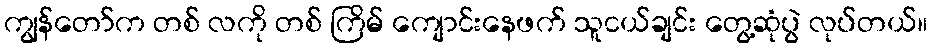
ကျွန်တော်က တစ် လကို တစ် ကြိမ် ကျောင်းနေဖက် သူငယ်ချင်း တွေ့ဆုံပွဲ လုပ်တယ်။